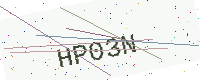
Text: HP03N